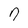
Character: 7